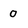
Character: o